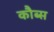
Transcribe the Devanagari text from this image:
कौब्स